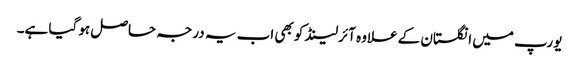
یورپ میں انگلستان کے علاوہ آئرلینڈ کو بھی اب یہ درجہ حاصل ہو گیا ہے۔